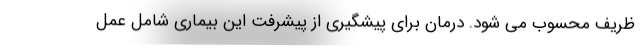
ظریف محسوب می شود. درمان برای پیشگیری از پیشرفت این بیماری شامل عمل